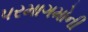
પરમાગમોની